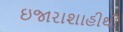
ઇજારાશાહીથી